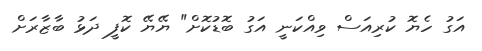
އަގު ހެޔޮ ކުރިއަސް ވިއްކަނީ އަގު ބޮޑުކޮށް" ޔޭޔޭ ކޮފީ ދަޅު ބާޒާރަށް